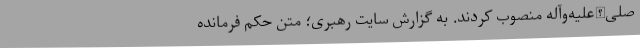
صلی‌الله‌علیه‌وآله منصوب کردند. به گزارش سایت رهبری؛ متن حکم فرمانده